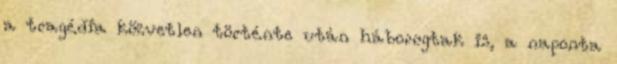
a tragédia közvetlen történte után háborogtak is, a naponta